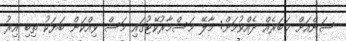
ސަންއަށް ޚަބަރެއް ދެއްވުމަށް: މާލޭ މަސްމާރުކޭޓުގައި މަސް ވިއްކަން ބަޔަކު ތިބި އިރު